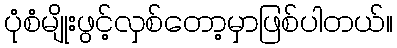
ပုံစံမျိုးဖွင့်လှစ်တော့မှာဖြစ်ပါတယ်။